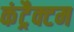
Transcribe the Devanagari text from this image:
कंट्रैक्टम